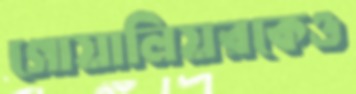
গোয়ালিয়রকেও